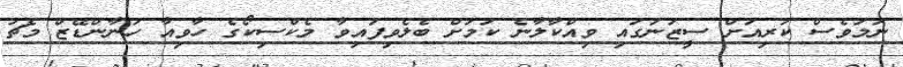
ނަމަވެސް ކުރިއަށް ސީޒަނުގައި ވިއްކާލާނެ ކަމަށް ބެލެވިފައިވާ މެކްސިކޯގެ ހާވިއާ ހަނާންޑޭޒް މެޗު